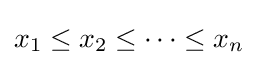
x_{1}\leq x_{2}\leq \dots \leq x_{n}